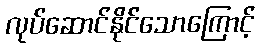
လုပ်ဆောင်နိုင်သောကြောင့်